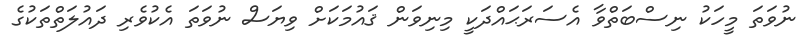
ނުވަތަ މީހަކު ނިސްބަތްވާ އެސަރަޙައްދަކީ މިނިވަން ޤައުމަކަށް ވިޔަސް ނުވަތަ އެކުވެރި ދައުލަތްތަކުގެ